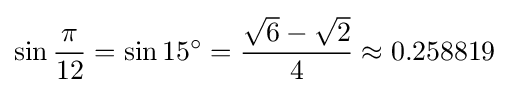
\sin {\frac {\pi }{12}}=\sin 15^{\circ }={\frac {{\sqrt {6}}-{\sqrt {2}}}{4}}\approx 0.258819